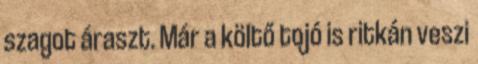
szagot áraszt. Már a költő tojó is ritkán veszi